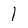
Character: 1